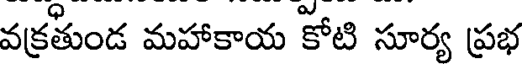
వక్రతుండ మహాకాయ కోటి సూర్య ప్రభ